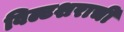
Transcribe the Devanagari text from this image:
विल्टशराची